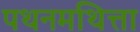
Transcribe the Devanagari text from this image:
पथनमथित्ता